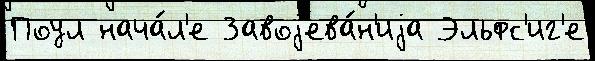
Поул нача́л'е Завоjева́н'иjа Эльфс'иг'е